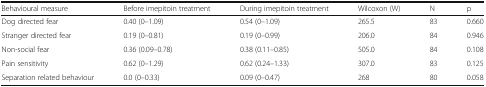
<table><thead><tr><td><b>Behavioural measure</b></td><td><b>Before imepitoin treatment</b></td><td><b>During imepitoin treatment</b></td><td><b>Wilcoxon (W)</b></td><td><b>N</b></td><td><b>p</b></td></tr></thead><tbody><tr><td>Dog directed fear</td><td>0.40 (0–1.09)</td><td>0.54 (0–1.09)</td><td>265.5</td><td>83</td><td>0.660</td></tr><tr><td>Stranger directed fear</td><td>0.19 (0–0.81)</td><td>0.19 (0–0.99)</td><td>206.0</td><td>84</td><td>0.946</td></tr><tr><td>Non-social fear</td><td>0.36 (0.09–0.78)</td><td>0.38 (0.11–0.85)</td><td>505.0</td><td>84</td><td>0.108</td></tr><tr><td>Pain sensitivity</td><td>0.62 (0–1.29)</td><td>0.62 (0.24–1.33)</td><td>307.0</td><td>83</td><td>0.125</td></tr><tr><td>Separation related behaviour</td><td>0.0 (0–0.33)</td><td>0.09 (0–0.47)</td><td>268</td><td>80</td><td>0.058</td></tr></tbody></table>